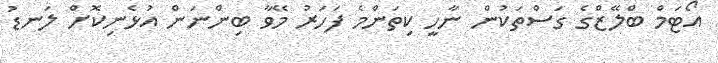
އޯޓަމް ބްލޭޒްގެ ގަސްތަކުން ނާހީ ކިތަންމެ ފަހަރު މޭވާ ބިންނަން އުޅެނިކޮށް ލަނޑު